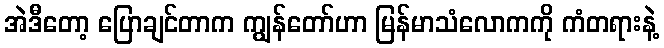
အဲဒီတော့ ပြောချင်တာက ကျွန်တော်ဟာ မြန်မာသံလောကကို ကံတရားနဲ့